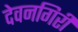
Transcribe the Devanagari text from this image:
देवनगिरी